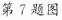
第7题图